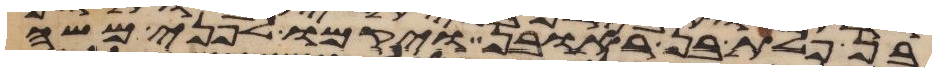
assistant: בן פלת בן ראובן ויקמו לפני משה